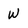
Character: W